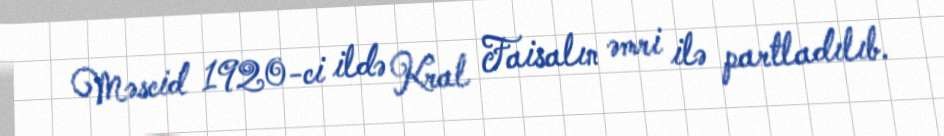
Məscid 1920-ci ildə Kral Faisalın əmri ilə partladılıb.